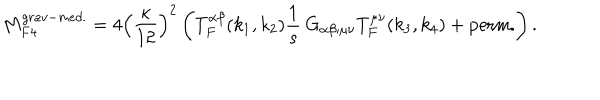
LaTeX: M _ { F 4 } ^ { g r a v - m e d . } = 4 \left( \frac { \kappa } { 1 2 } \right) ^ { 2 } \left( T _ { F } ^ { \alpha \beta } ( k _ { 1 } , k _ { 2 } ) \frac { 1 } { s } \: G _ { \alpha \beta ; \mu \nu } T _ { F } ^ { \mu \nu } ( k _ { 3 } , k _ { 4 } ) + \mathrm { p e r m . } \right) .